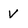
Character: v